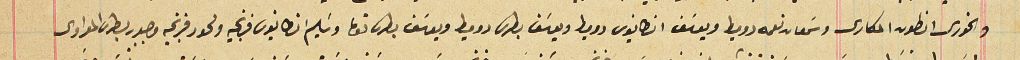
والخورى انطون المكارى وسَمعان نعمه دوميط ويوسَف انطانيوس دوميط ويوسَف بطرس دوميط ويوسف بطرسَ توما وسَليم انطانيوس فرنجيه ولحود فرنجيه وجبور بطرس المعراوى